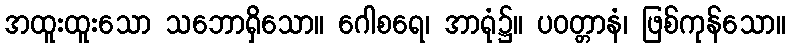
အထူးထူးသော သဘောရှိသော။ ဂေါစရေ၊ အာရုံ၌။ ပဝတ္တာနံ၊ ဖြစ်ကုန်သော။